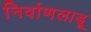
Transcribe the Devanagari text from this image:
निर्वाणलाडू